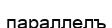
параллелъ